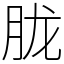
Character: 胧